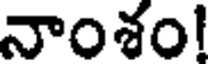
నాంశం!